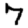
Digit: 7